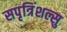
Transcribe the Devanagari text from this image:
सपृत्रिंशल्सु